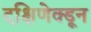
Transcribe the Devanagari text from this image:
दक्षिणेक्डून